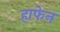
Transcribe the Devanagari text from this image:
हाफेन